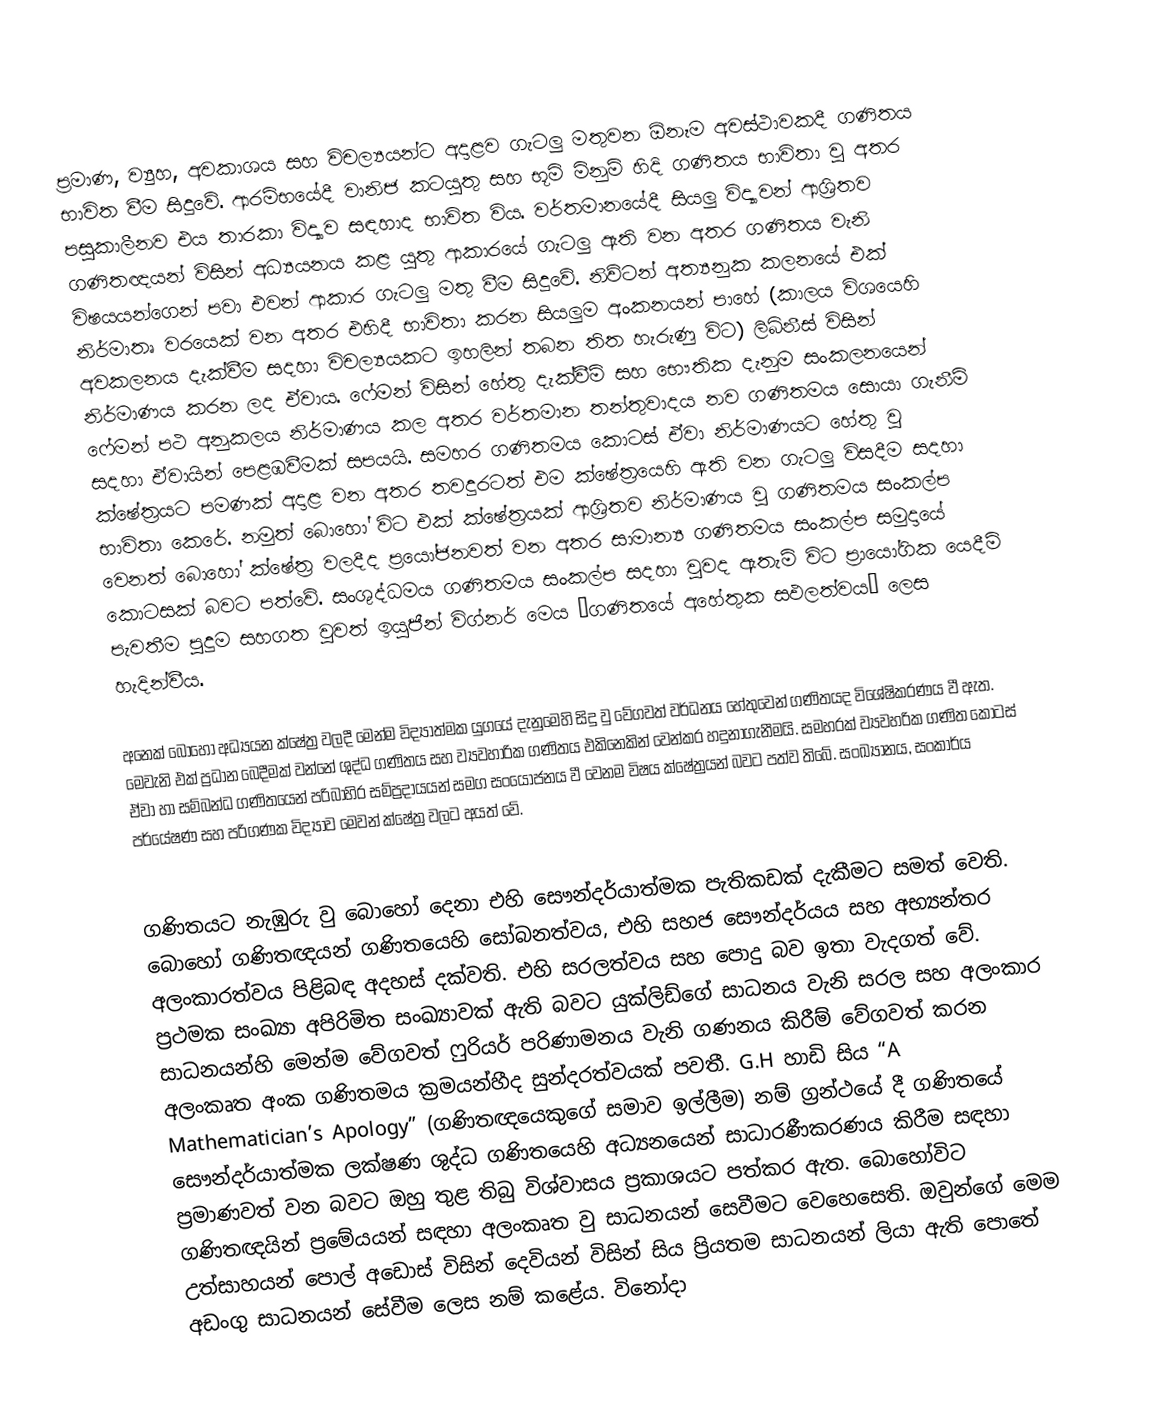
ප්‍රමාණ, ව්‍යුහ, අවකාශය සහ විචල්‍යයන්ට අදාළව ගැටලු මතුවන ඕනෑම අවස්ථාවකදී ගණිතය භාවිත වීම සිදුවේ. ආරම්භයේදී වානිජ කටයුතු සහ භූමි මිනුම් හිදි ගණිතය භාවිතා වු අතර පසුකාලීනව එය තාරකා විද්‍යාව සඳහාද භාවිත විය. වර්තමානයේදී සියලු විද්‍යාවන් ආශ්‍රිතව ගණිතඥයන් විසින් අධ්‍යයනය කළ යුතු ආකාරයේ ගැටලු ඇති වන අතර ගණිතය වැනි විෂයයන්ගෙන් පවා එවන් ආකාර ගැටලු මතු වීම සිදුවේ. නිව්ටන් අත්‍යනුක කලනයේ එක් නිර්මාතෘ වරයෙක් වන අතර එහිදී භාවිතා කරන සියලුම අංකනයන් පාහේ (කාලය විශයෙහි අවකලනය දැක්වීම සදහා විචල්‍යයකට ඉහලින් තබන තිත හැරුණු විට) ලිබ්නීස් විසින් නිර්මාණය කරන ලද ඒවාය. ෆේමන් විසින් හේතු දැක්වීම් සහ භෞතික දැනුම සංකලනයෙන් ෆේමන් පථ අනුකලය නිර්මාණය කල අතර වර්තමාන තන්තුවාදය නව ගණිතමය සොයා ගැනීම් සදහා ඒවායින් පෙළඹවීමක් සපයයි. සමහර ගණිතමය කොටස් ඒවා නිර්මාණයට හේතු වු ක්ෂේත්‍රයට පමණක් අදාළ වන අතර තවදුරටත් එම ක්ෂේත්‍රයෙහි ඇති වන ගැටලු විසදීම සදහා භාවිතා කෙරේ. නමුත් බොහෝ විට එක් ක්ෂේත්‍රයක් ආශ්‍රිතව නිර්මාණය වු ගණිතමය සංකල්ප වෙනත් බොහෝ ක්ෂේත්‍ර වලදීද ප්‍රයෝජනවත් වන අතර සාමාන්‍ය ගණිතමය සංකල්ප සමුදායේ කොටසක් බවට පත්වේ. සංශුද්ධමය ගණිතමය සංකල්ප සදහා වුවද ඇතැම් විට ප්‍රායෝගික යෙදීම් පැවතීම පුදුම සහගත වුවත් ඉයුජීන් විග්නර් මෙය “ගණිතයේ අහේතුක සඵලත්වය” ලෙස හැදින්වීය.

අනෙක් බොහෝ අධ්‍යයන ක්ෂේත්‍ර වලදී මෙන්ම විද්‍යාත්මක යුගයේ දැනුමෙහි සිදු වු වේගවත් වර්ධනය හේතුවෙන් ගණිතයද විශේෂිකරණය වී ඇත. මෙවැනි එක් ප්‍රධාන බෙදීමක් වන්නේ ශුද්ධ ගණිතය සහ ව්‍යවහාරික ගණිතය එකිනෙකින් වෙන්කර හදුනාගැනීමයි. සමහරක් ව්‍යවහරික ගණිත කොටස් ඒවා හා සම්බන්ධ ගණිතයෙන් පරිබාහිර සම්ප්‍රදායයන් සමග සංයෝජනය වී වෙනම විෂය ක්ෂේත්‍රයන් බවට පත්ව තිබේ. සංඛ්‍යානය, සංකාර්ය පර්යේෂණ සහ පරිගණක විද්‍යාව මෙවන් ක්ෂේත්‍ර වලට අයත් වේ.

ගණිතයට නැඹුරු වු බොහෝ දෙනා එහි සෞන්දර්යාත්මක පැතිකඩක් දැකීමට සමත් වෙති. බොහෝ ගණිතඥයන් ගණිතයෙහි සෝබනත්වය, එහි සහජ සෞන්දර්යය සහ අභ්‍යන්තර අලංකාරත්වය පිළිබඳ අදහස් දක්වති. එහි සරලත්වය සහ පොදු බව ඉතා වැදගත් වේ. ප්‍රථමක සංඛ්‍යා අපිරිමිත සංඛ්‍යාවක් ඇති බවට යුක්ලිඩ්ගේ සාධනය වැනි සරල සහ අලංකාර සාධනයන්හි මෙන්ම වේගවත් ෆුරියර් පරිණාමනය වැනි ගණනය කිරීම් වේගවත් කරන අලංකෘත අංක ගණිතමය ක්‍රමයන්හීද සුන්දරත්වයක් පවතී. G.H හාඩි සිය “A Mathematician’s Apology” (ගණිතඥයෙකුගේ සමාව ඉල්ලීම) නම් ග්‍රන්ථයේ දී ගණිතයේ සෞන්දර්යාත්මක ලක්ෂණ ශුද්ධ ගණිතයෙහි අධ්‍යනයෙන් සාධාරණීකරණය කිරීම සඳහා ප්‍රමාණවත් වන බවට ඔහු තුළ තිබු විශ්වාසය ප්‍රකාශයට පත්කර ඇත. බොහෝවිට ගණිතඥයින් ප්‍රමේයයන් සඳහා අලංකෘත වු සාධනයන් සෙවීමට වෙහෙසෙති. ඔවුන්ගේ මෙම උත්සාහයන් පොල් අඩොස් විසින් දෙවියන් විසින් සිය ප්‍රියතම සාධනයන් ලියා ඇති පොතේ අඩංගු සාධනයන් සේවීම ලෙස නම් කළේය. විනෝදා